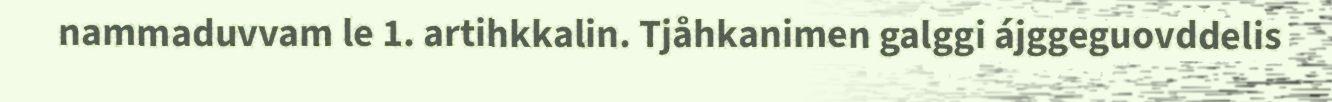
nammaduvvam le 1. artihkkalin. Tjåhkanimen galggi ájggeguovddelis